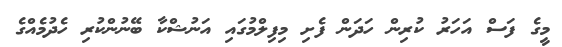
މީގެ ފަސް އަހަރު ކުރިން ހަދަން ފެށި މިފިލްމުގައި އަނުޝްކާ ބޭނުންކުރި ހެދުމެއްގެ